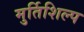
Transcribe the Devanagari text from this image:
मुर्तिशिल्प